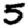
Digit: 5